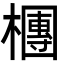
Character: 檲